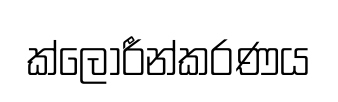
ක්ලෝරීන්කරණය